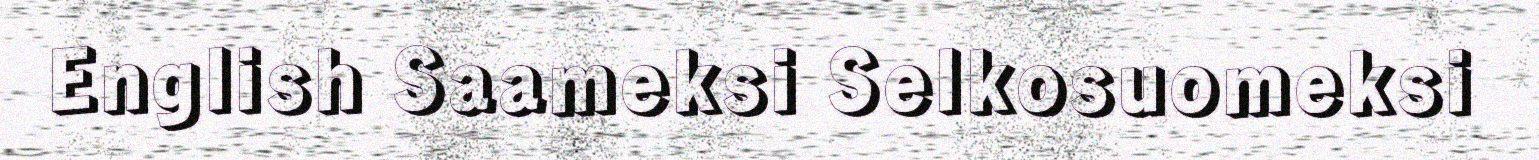
English Saameksi Selkosuomeksi